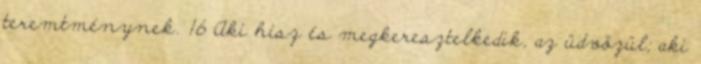
teremtménynek. 16 Aki hisz és megkeresztelkedik, az üdvözül; aki